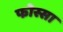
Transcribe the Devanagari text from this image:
फोस्सा